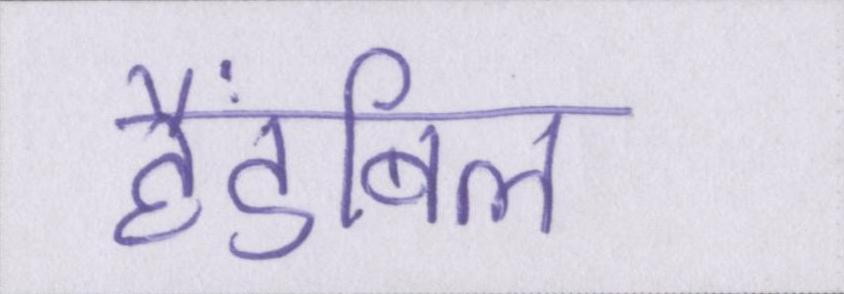
हैंडबिल